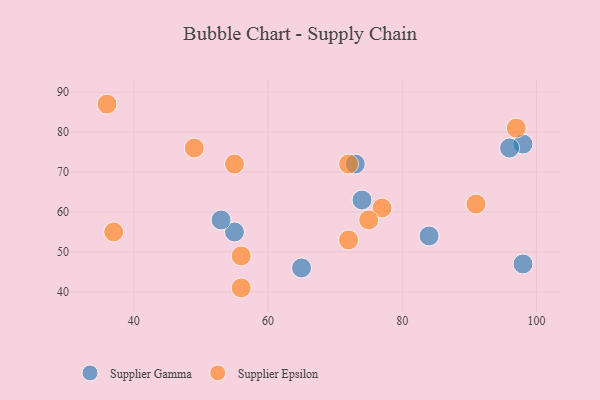
{"axis": {"x": "GDP", "y": "Life Expectancy"}, "legend": ["Supplier Epsilon", "Supplier Gamma"], "data": [{"x": "55", "y": 55, "type": "Supplier Gamma"}, {"x": "98", "y": 77, "type": "Supplier Gamma"}, {"x": "98", "y": 47, "type": "Supplier Gamma"}, {"x": "53", "y": 58, "type": "Supplier Gamma"}, {"x": "65", "y": 46, "type": "Supplier Gamma"}, {"x": "96", "y": 76, "type": "Supplier Gamma"}, {"x": "84", "y": 54, "type": "Supplier Gamma"}, {"x": "74", "y": 63, "type": "Supplier Gamma"}, {"x": "73", "y": 72, "type": "Supplier Gamma"}, {"x": "36", "y": 87, "type": "Supplier Epsilon"}, {"x": "97", "y": 81, "type": "Supplier Epsilon"}, {"x": "37", "y": 55, "type": "Supplier Epsilon"}, {"x": "72", "y": 72, "type": "Supplier Epsilon"}, {"x": "55", "y": 72, "type": "Supplier Epsilon"}, {"x": "56", "y": 41, "type": "Supplier Epsilon"}, {"x": "49", "y": 76, "type": "Supplier Epsilon"}, {"x": "77", "y": 61, "type": "Supplier Epsilon"}, {"x": "91", "y": 62, "type": "Supplier Epsilon"}, {"x": "56", "y": 49, "type": "Supplier Epsilon"}, {"x": "72", "y": 53, "type": "Supplier Epsilon"}, {"x": "75", "y": 58, "type": "Supplier Epsilon"}]}